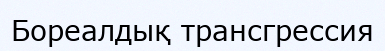
Бореалдық трансгрессия